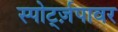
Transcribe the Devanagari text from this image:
स्पोर्ट्ज़पावर